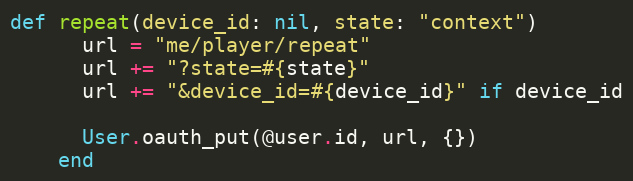
Language: Ruby
def repeat(device_id: nil, state: "context")
      url = "me/player/repeat"
      url += "?state=#{state}"
      url += "&device_id=#{device_id}" if device_id

      User.oauth_put(@user.id, url, {})
    end